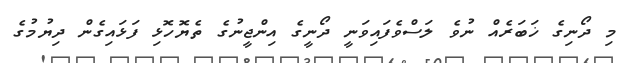
މި ދޯނިގެ ޚަބަރެއް ނުވެ ލަސްވެފައިވަނީ ދޯނީގެ އިންޖީނުގެ ތެޔޮހޮޅި ފަޅައިގެން ދިޔުމުގެ